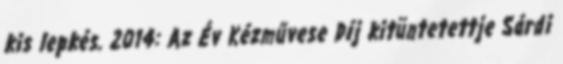
kis lepkés. 2014: Az Év Kézművese Díj kitüntetettje Sárdi